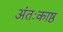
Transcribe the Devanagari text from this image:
अंतःकाष्ठ